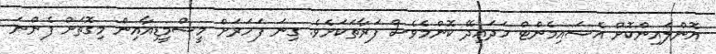
އޮންލައިންކޮށް އެސައިމެންޓް ހަދައިދޭ ކޮންމެވެސް ފަރާތަކަށެވެ. ގިނަ ފަހަރަށް މީސްމީޑިއާއިން މިގޮތަށް ފެންނަ